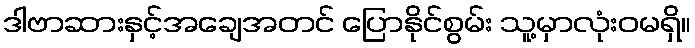
ဒါဗာဆားနှင့်အချေအတင် ပြောနိုင်စွမ်း သူ့မှာလုံးဝမရှိ။